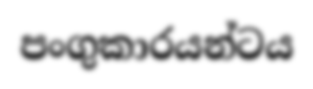
පංගුකාරයන්ටය